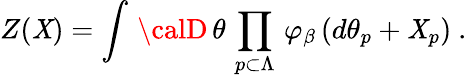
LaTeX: \left.Z(\mathit{X})=\int\, {\calD}\, \theta\, \prod_{p\subset\Lambda}\, \varphi_{\beta}\, (d\theta_{p}+\mathit{X}_{p})\ .\right.